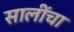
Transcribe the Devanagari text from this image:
सालींचा